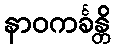
နာဝကင်္ခန္တိ